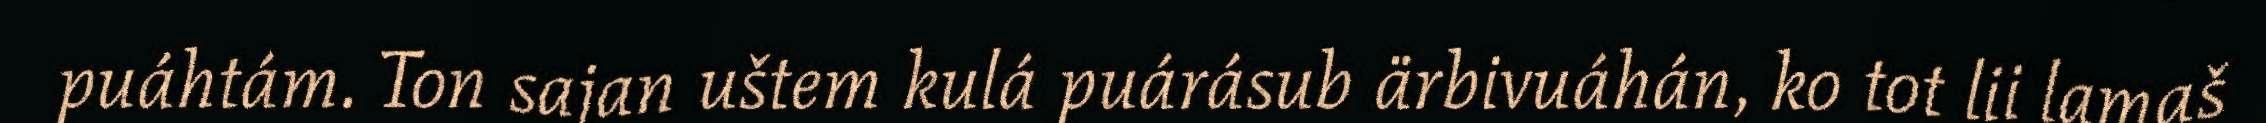
puáhtám. Ton sajan uštem kulá puárásub ärbivuáhán, ko tot lii lamaš